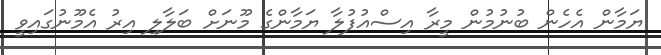
ޔަމާން އެހެން ބުނުމުން މީރާ އިސްއުފުލާ ޔަމާންގެ މޫނަށް ބަލާލި އިރު އެމޫނުގައިވީ